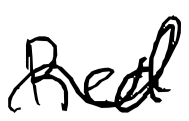
Text: Red
Cross-out: wave
Writing tool: digital_black